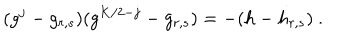
( g ^ { j } - g _ { r , s } ) ( g ^ { K / 2 - j } - g _ { r , s } ) = - ( h - h _ { r , s } ) { } ~ .